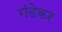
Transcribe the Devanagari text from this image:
गंडेकर